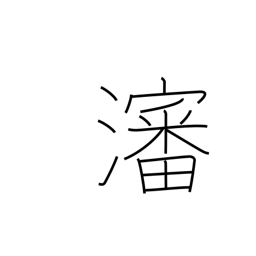
Meaning: broth